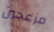
مزعجين